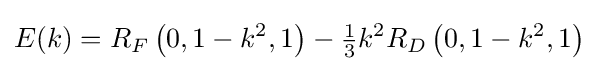
E(k)=R_{F}\left(0,1-k^{2},1\right)-{\tfrac {1}{3}}k^{2}R_{D}\left(0,1-k^{2},1\right)